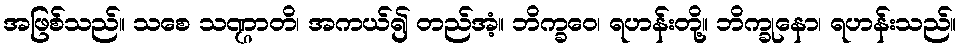
အဖြစ်သည်။ သစေ သဏ္ဌာတိ၊ အကယ်၍ တည်အံ့။ ဘိက္ခဝေ၊ ရဟန်းတို့။ ဘိက္ခုနော၊ ရဟန်းသည်။